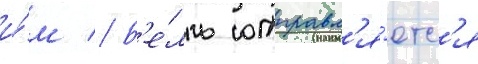
и́м // Б'е́лль отправл'я́етс'я